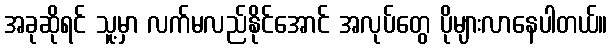
အခုဆိုရင် သူ့မှာ လက်မလည်နိုင်အောင် အလုပ်တွေ ပိုများလာနေပါတယ်။